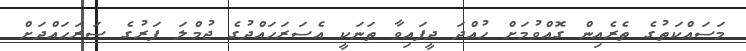
މަސައްކަތުގެ ތެރެއިން ގޮއްވުމަށް ހުއްދަ ދީފައިވާ ތަނަކީ އެސަރަޙައްދުގެ ޖުމްލަ ފަރުގެ ސަރަޙައްދަށް